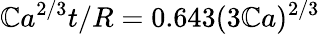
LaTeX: \mathbb{C}a^{2/3}t/R=0.643(3\mathbb{C}a)^{2/3}